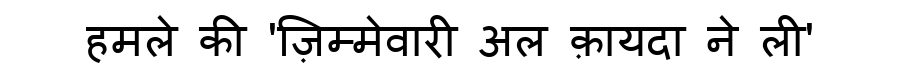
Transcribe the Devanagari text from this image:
हमले की 'ज़िम्मेवारी अल क़ायदा ने ली'